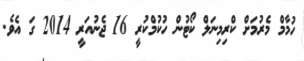
ހުމާމް މެރުމަށް ކްރިމިނަލް ކޯޓުން ހުކުމްކުރީ 16 ޖެނުއަރީ 2014 ގަ އެވެ.